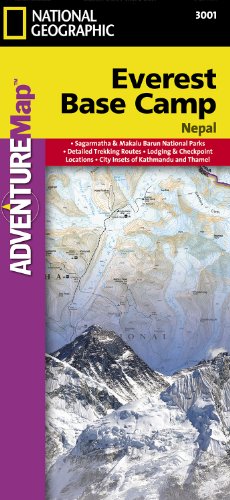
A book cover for Everest Base Camp AdventureMap; National Geographic Maps; Travel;